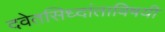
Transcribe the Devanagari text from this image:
दवेतसिध्दांताविषयी